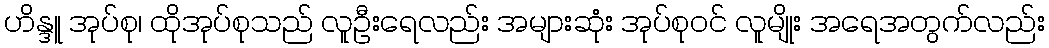
ဟိန္ဒူ အုပ်စု၊ ထိုအုပ်စုသည် လူဦးရေလည်း အများဆုံး အုပ်စုဝင် လူမျိုး အရေအတွက်လည်း